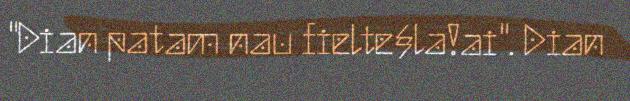
"Dian patam nau fielte§la!ai". Dian